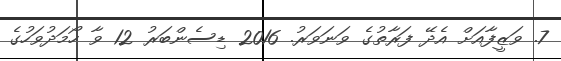
7. ވަޒީފާއަށް އެދޭ ފަރާތުގެ ވަނަވަރު. 2016 ޑިސެންބަރު 12 ވާ ހޯމަދުވަހުގެ